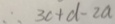
\therefore 3 c + d - 2 a